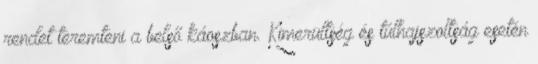
rendet teremteni a belső káoszban. Kimerültség és túlhajszoltság esetén